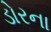
ડોરના